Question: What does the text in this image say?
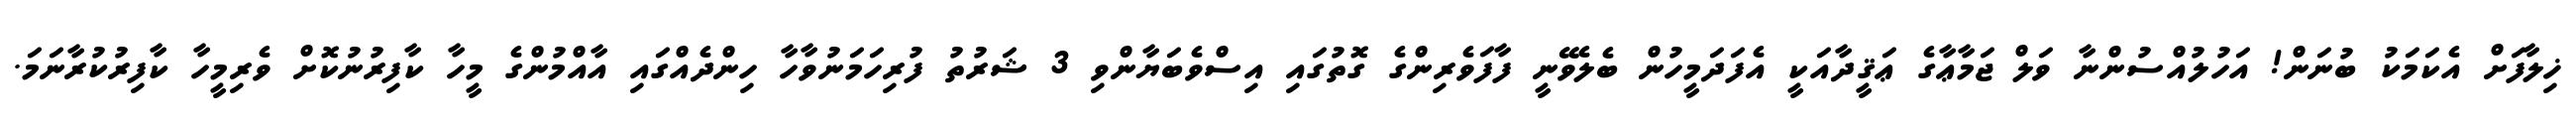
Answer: ޚިލާފަށް އެކަމަކު ބުނަން! އަހުލުއްސުންނާ ވަލް ޖަމާޢާގެ ޢަޤީދާއަކީ އެފަދަމީހުން ބެލެވޭނީ ފާފަވެރިންގެ ގޮތުގައި އިސްވެބަޔާންވި 3 ޝަރުތު ފުރިހަމަނުވާހާ ހިންދެއްގައި އާއްމުންގެ މީހާ ކާފިރުނުކޮށް ވެރިމީހާ ކާފިރުކުރާނަމަ.